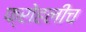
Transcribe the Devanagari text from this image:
फ्रोहलीच